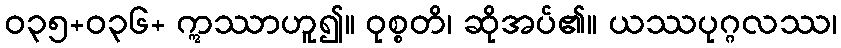
ဝ၃၅+၀၃၆+ ဣဿာဟူ၍။ ဝုစ္စတိ၊ ဆိုအပ်၏။ ယဿပုဂ္ဂလဿ၊